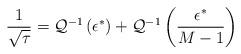
LaTeX: \begin{align*}\frac{1}{\sqrt{\tau}}=\mathcal{Q}^{-1}\left(\epsilon^*\right)+\mathcal{Q}^{-1}\left(\frac{\epsilon^*}{M-1}\right)\end{align*}